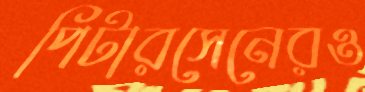
পিটারসেনেরও